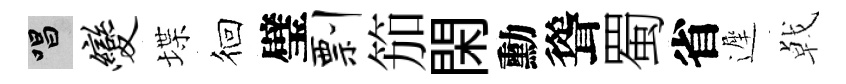
唱变堞徊璧剽笳閑勳聳蜀省遲㦸